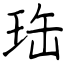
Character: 珤